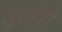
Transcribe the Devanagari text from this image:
वूलेरी